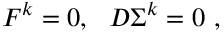
F ^ { k } = 0 , ~ ~ D \Sigma ^ { k } = 0 \ ,